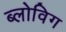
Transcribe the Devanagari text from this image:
ब्‍लोविग